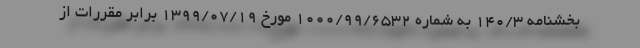
بخشنامه ۱۴۰/۳ به شماره ۱۰۰۰/۹۹/۶۵۳۲ مورخ ۱۳۹۹/۰۷/۱۹ برابر مقررات از